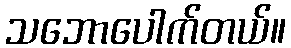
သဘောပေါက်တယ်။